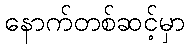
နောက်တစ်ဆင့်မှာ